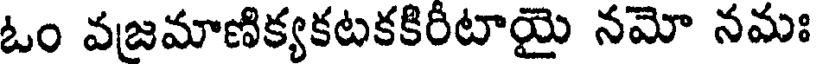
ఓం వజమాణిక్యకటకకిరీటాయై నమో నమః